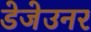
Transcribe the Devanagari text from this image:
डेजेउनर